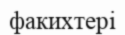
факихтері